Leaving Certificate Examination (including Day School Certificate (Higher) General paper), 1928
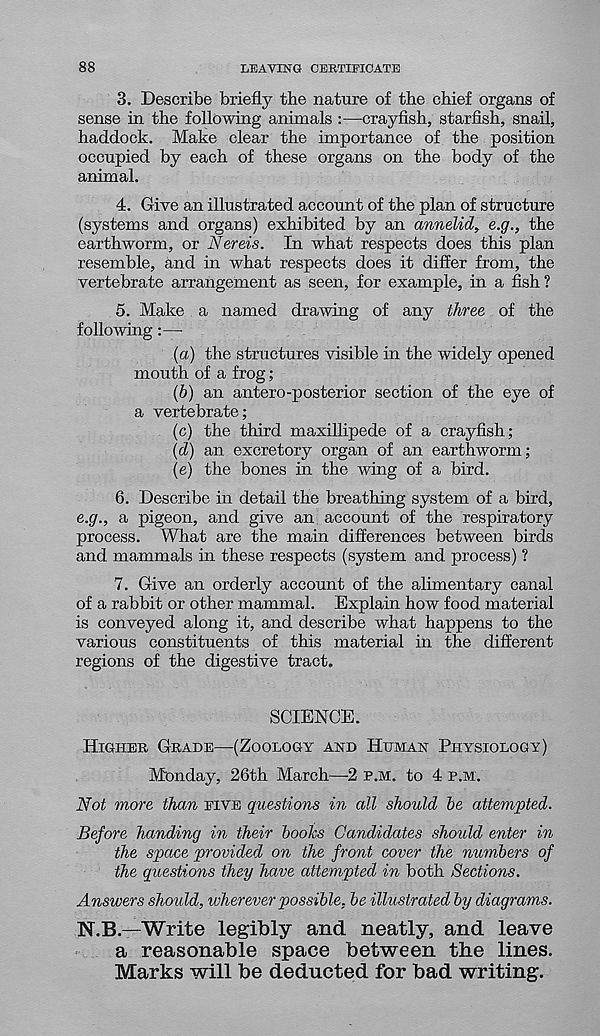
88
LEAVING CERTIFICATE
3. Describe briefly the nature of the chief organs of
sense in the following animals :—crayfish, starfish, snail,
haddock. Make clear the importance of the position
occupied by each of these organs on the body of the
animal.
4. Give an illustrated account of the plan of structure
(systems and organs) exhibited by an annelid, e.g., the
earthworm, or Nereis. In what respects does this plan
resemble, and in what respects does it differ from, the
vertebrate arrangement as seen, for example, in a fish ?
5. Make a named drawing of any three of the
following
{a) the structures visible in the widely opened
mouth of a frog;
(6) an antero-posterior section of the eye of
a vertebrate;
(c) the third maxiflipede of a crayfish;
(d) an excretory organ of an earthworm;
(e) the bones in the wing of a bird.
6. Describe in detail the breathing system of a bird,
e.g., a pigeon, and give an account of the respiratory
process. What are the main differences between birds
and mammals in these respects (system and process) ?
7. Give an orderly account of the alimentary canal
of a rabbit or other mammal. Explain how food material
is conveyed along it, and describe what happens to the
various constituents of this material in the different
regions of the digestive tract.
SCIENCE.
Higher Grade—(Zoology and Human Physiology)
Monday, 26th March—2 p.m. to 4 p.m.
Not more than five questions in all should be attempted.
Before handing in their books Candidates shoidd enter in
the space provided on the front cover the numbers of
the questions they have attempted in both Sections.
Answers should, wherever possible, be illustrated by diagrams.
N.B.—Write legibly and neatly, and leave
a reasonable space between the lines.
Marks will be deducted for bad writing.